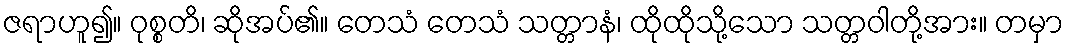
ဇရာဟူ၍။ ဝုစ္စတိ၊ ဆိုအပ်၏။ တေသံ တေသံ သတ္တာနံ၊ ထိုထိုသို့သော သတ္တဝါတို့အား။ တမှာ